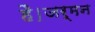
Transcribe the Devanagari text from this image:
है।जर्मन